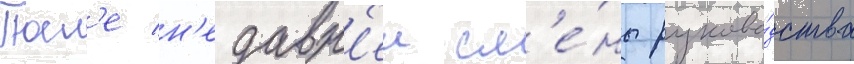
Посл'е н'едавн'еи см'е́ны руково́дства